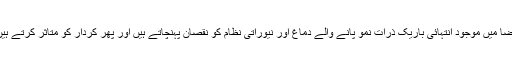
فضا میں موجود انتہائی باریک ذرات نمو پانے والے دماغ اور نیوراتی نظام کو نقصان پہنچاتے ہیں اور پھر کردار کو متاثر کرتے ہیں۔